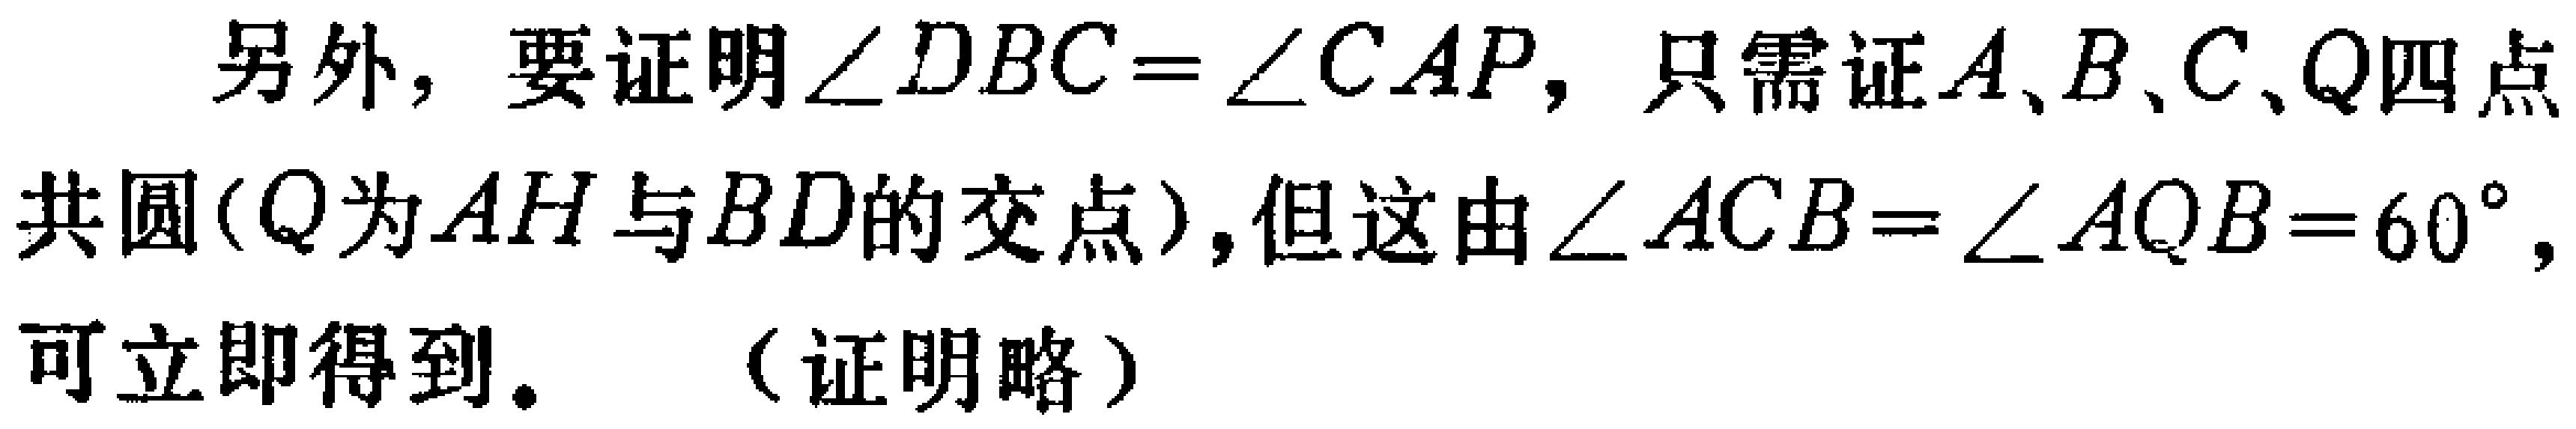
另外，要证明\(\angle DBC = \angle CAP\)，只需证\(A、B、C、Q\)四点共圆(\(Q\)为\(AH\)与\(BD\)的交点)，但这由\(\angle ACB=\angle AQB = 60^{\circ}\)，可立即得到。（证明略）